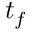
t _ { f }